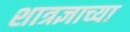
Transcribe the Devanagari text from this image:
शात्रज्ञाच्या